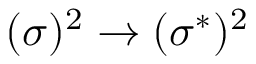
( \sigma ) ^ { 2 } \rightarrow ( \sigma ^ { * } ) ^ { 2 }